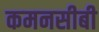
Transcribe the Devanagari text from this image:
कमनसीबी